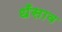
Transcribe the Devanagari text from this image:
धँसाव